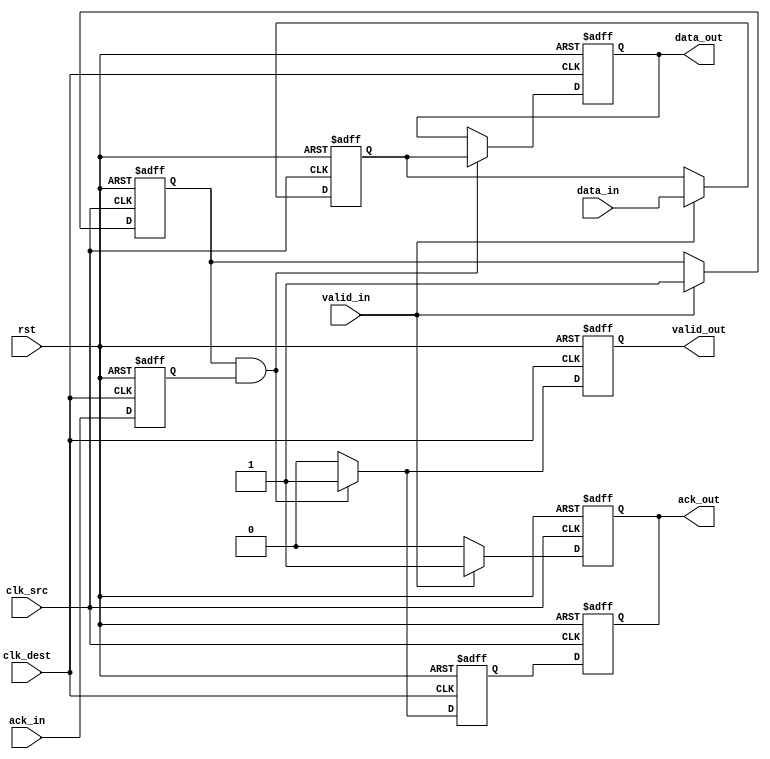
module handshake_synchronizer (
    input wire        clk_src,     // Clock for source domain
    input wire        clk_dest,    // Clock for destination domain
    input wire [7:0] data_in,     // Data input from source domain
    input wire        valid_in,     // Valid signal for data input
    output reg [7:0] data_out,     // Synchronized data output for destination domain
    output reg       valid_out,     // Valid signal for data output
    input wire        ack_in,      // Acknowledgment from destination domain
    output reg       ack_out,      // Acknowledgment from source domain
    input wire        rst          // Reset signal
);

// Internal signals for synchronization
reg [7:0] data_sync;
reg valid_sync;

// Handshake state
reg ack_in_sync;
reg ack_out_sync;

// Synchronization logic for data and valid signals
always @(posedge clk_src or posedge rst) begin
    if (rst) begin
        data_sync <= 8'b0;
        valid_sync <= 1'b0;
        ack_out <= 1'b0;
    end else begin
        if (valid_in) begin
            data_sync <= data_in;   // Capture data
            valid_sync <= 1'b1;      // Mark data as valid
            ack_out <= 1'b1;         // Assert ack_out to indicate data is sent
        end else begin
            ack_out <= 1'b0;         // Deassert ack_out if no valid data
        end
    end
end

// Synchronization of ack_in signal
always @(posedge clk_dest or posedge rst) begin
    if (rst) begin
        ack_in_sync <= 1'b0;
    end else begin
        ack_in_sync <= ack_in; // Synchronize ack_in to destination clock domain
    end
end

// Data reception in destination domain
always @(posedge clk_dest or posedge rst) begin
    if (rst) begin
        data_out <= 8'b0;
        valid_out <= 1'b0;
        ack_out_sync <= 1'b0;
    end else begin
        if (valid_sync && ack_in_sync) begin
            data_out <= data_sync;  // Transfer data to the destination
            valid_out <= 1'b1;       // Mark data as valid in destination domain
            ack_out_sync <= 1'b1;    // Assert ack_out_sync to indicate data received
        end else begin
            valid_out <= 1'b0;       // Deassert valid_out if no valid data
            ack_out_sync <= 1'b0;    // Deassert ack_out_sync
        end
    end
end

// Final acknowledgment to source domain
always @(posedge clk_src or posedge rst) begin
    if (rst) begin
        ack_out <= 1'b0; // Reset acknowledgment
    end else begin
        ack_out <= ack_out_sync; // Transfer ack_out_sync back to source clock domain
    end
end

endmodule